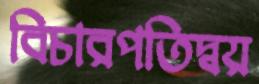
বিচারপতিদ্বয়